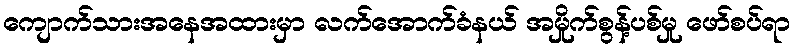
ကျောက်သားအနေအထားမှာ လက်အောက်ခံနယ် အမှိုက်စွန့်ပစ်မှု ဖော်စပ်ရာ